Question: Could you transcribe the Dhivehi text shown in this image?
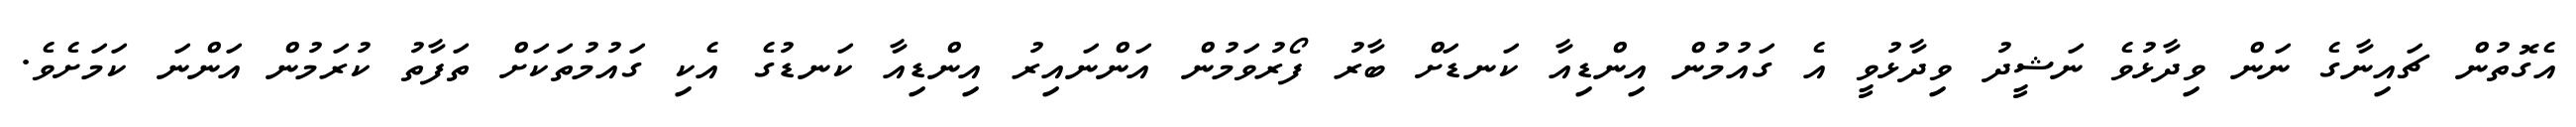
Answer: އެގޮތުން ޗައިނާގެ ނަން ވިދާޅުވެ ނަޝީދު ވިދާޅުވީ އެ ގައުމުން އިންޑިއާ ކަނޑަށް ބާރު ފޯރުވަމުން އަންނައިރު އިންޑިއާ ކަނޑުގެ އެކި ގައުމުތަކަށް ތަފާތު ކުރަމުން އަންނަ ކަމަށެވެ.